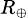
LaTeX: \scriptstyle R_{\oplus}